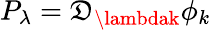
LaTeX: P_{\lambda}=\mathfrak{D}_{\lambdak}\phi_{k}